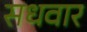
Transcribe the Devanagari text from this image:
सधवार